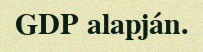
GDP alapján.